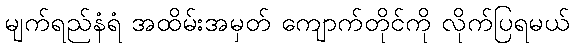
မျက်ရည်နံရံ အထိမ်းအမှတ် ကျောက်တိုင်ကို လိုက်ပြရမယ်